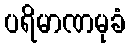
ပရိမာဏမုခံ